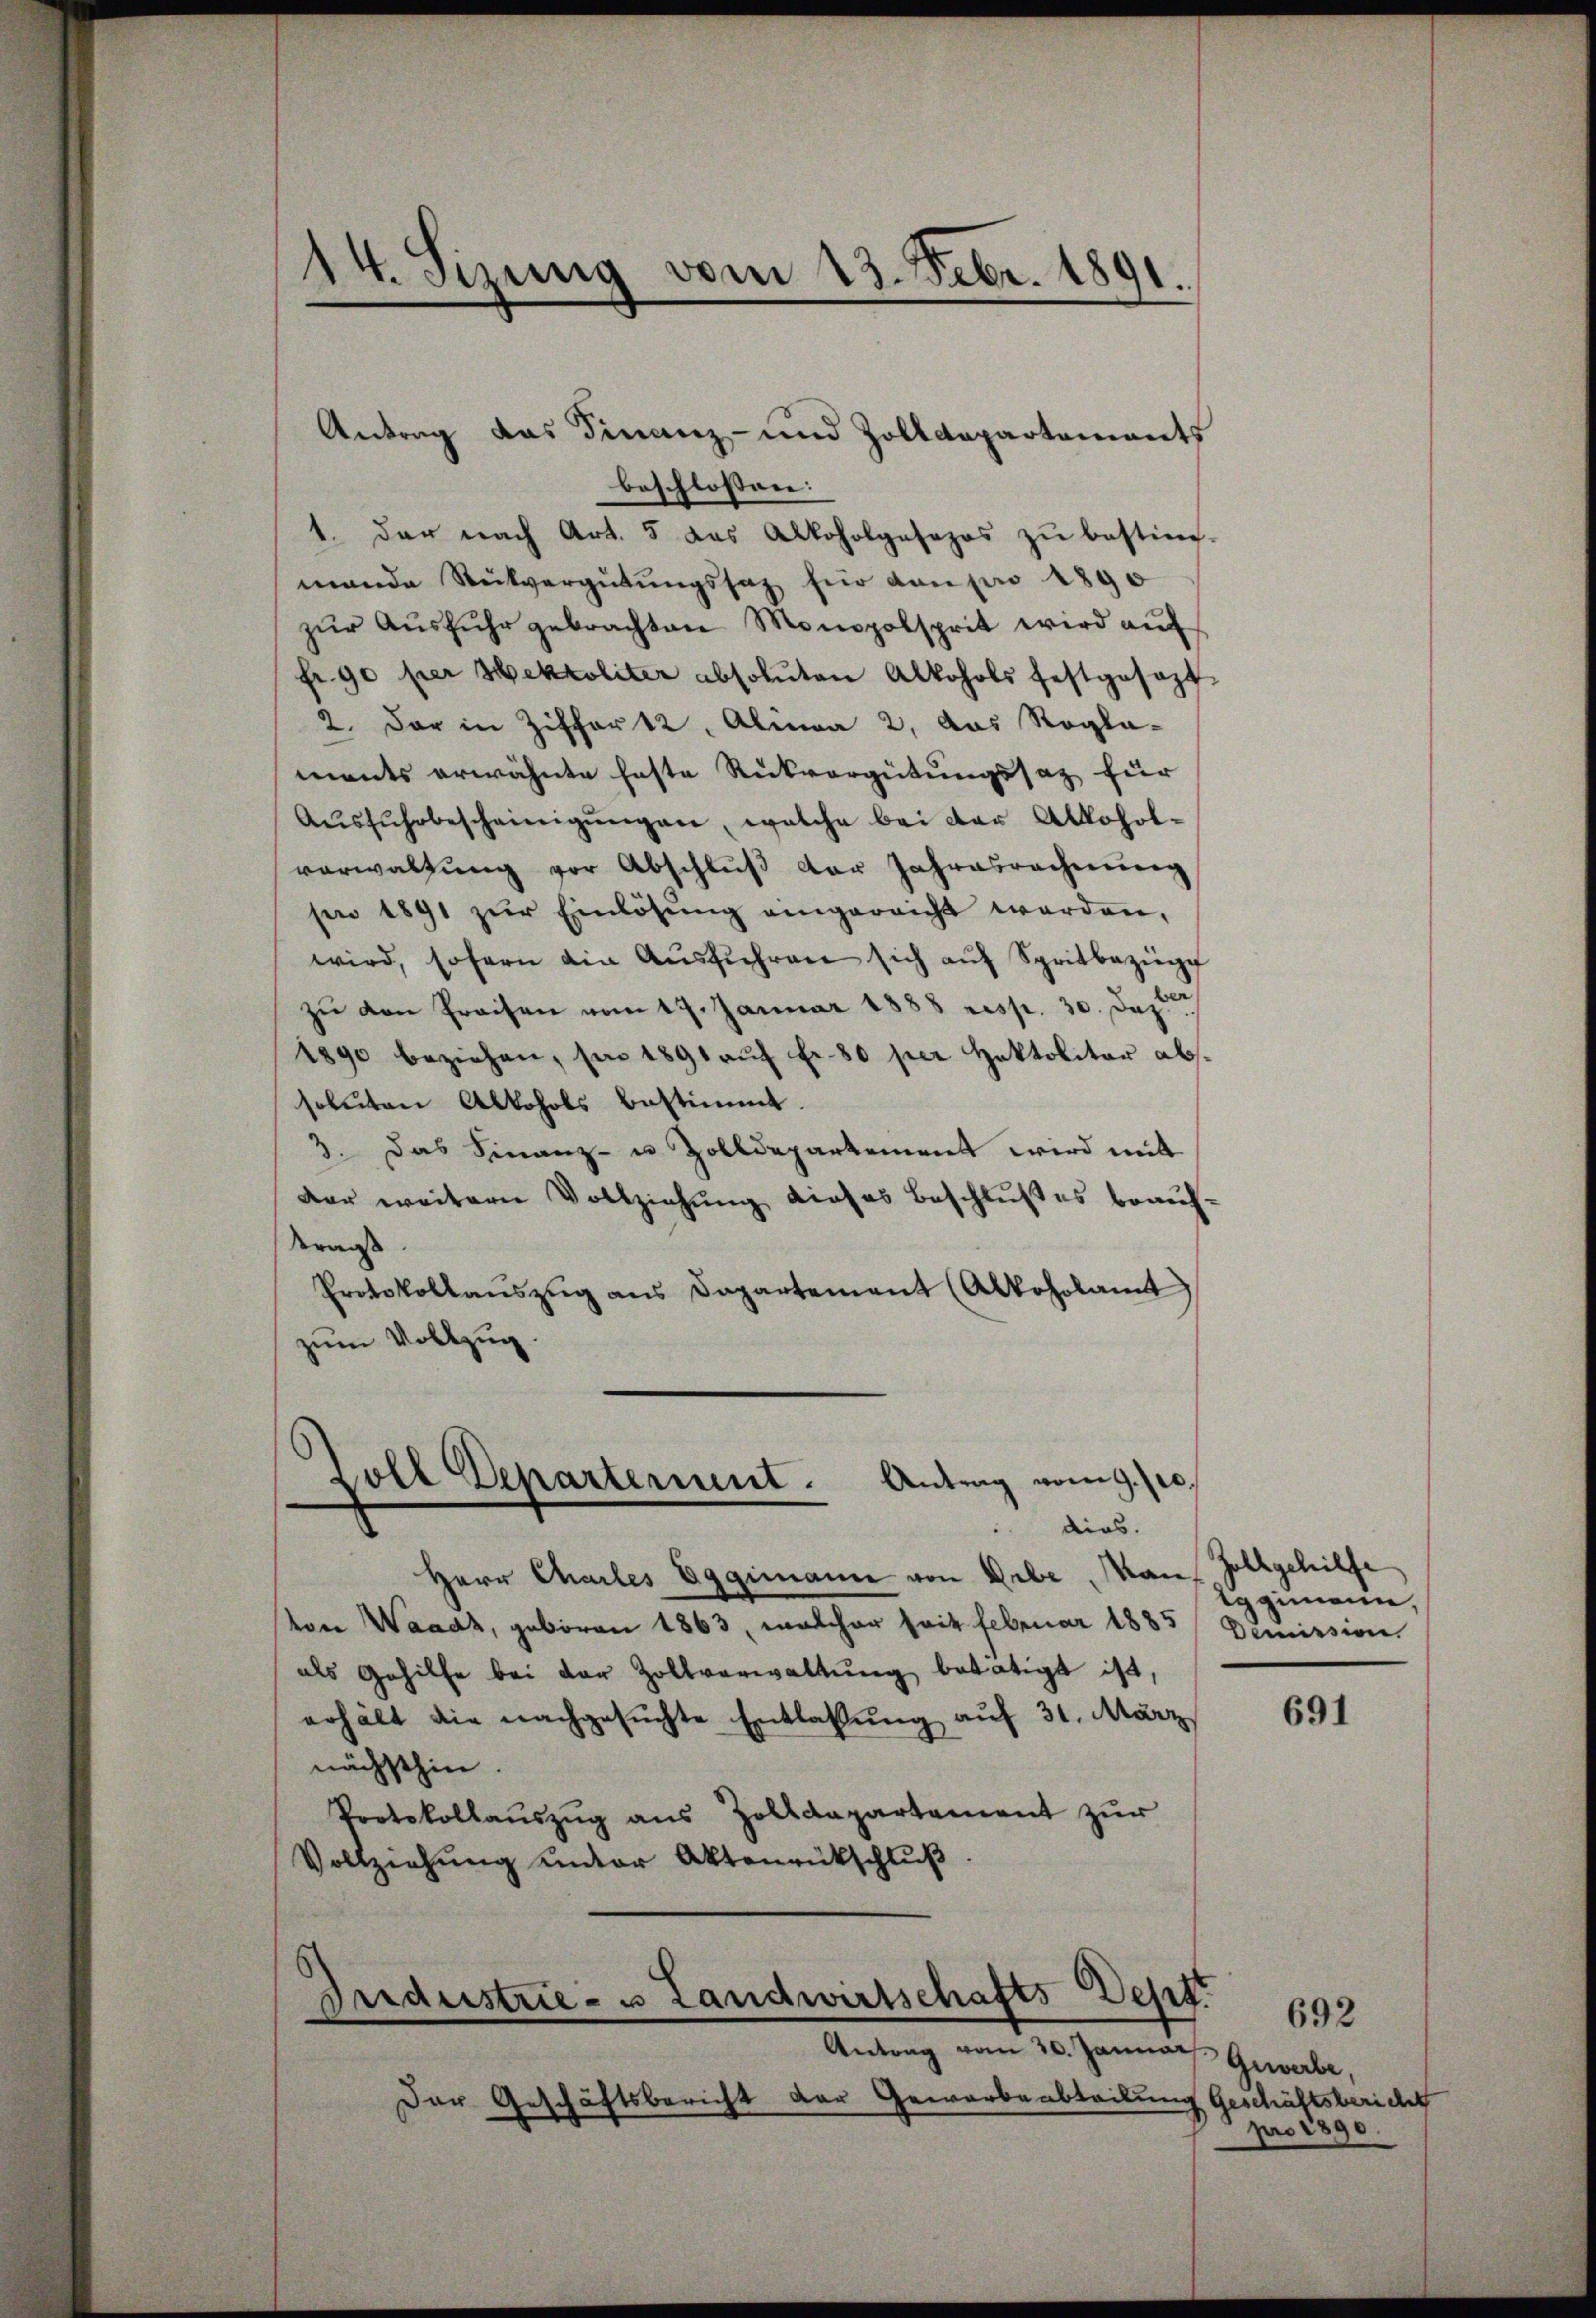
1
14. Sizung vom 13. Febr. 1891.

Antrag das Finanz- und Zolldepartements
beschlossen:
1. der nach Art. 5 das Alkoholgesezes zŭ bestim-
mande Steitvergütungssaz für dan pro 1890
zŭr Aŭsführ gebrachten Monopolsprit wird aŭf
fr. 90 per Sektoliter absoluten Alkohols festgesezt
2. der in Ziffer 12, Alman 2, das Rogla-
ments erwähnte feste Rückvergütungssaz für
Aŭsfŭhrbescheinigŭngen, welche bei der Alkoholverwaltung vor Abschluß der Jahresrechnung
sen 1891 zŭr Einlösung eingereicht werden,
wird, sofern ain Aŭsführen sich aŭf Spritbezüg
zu den Preisen vom 17. Januar 1888 resp. 30. Jez
1890 beziehen, sie 1891 auf Fr. 50 per Hektolitar abssoluten Alkohols bestimmt.
3. Das Finanz- u. Zolldepartement wird mit
der weitern Vollziehŭng dieses Beschlußes beauf¬
Kraus
Protokollaŭszŭg ans Papartement (Alkoholamt
zum Vollzug.
Zoll Departerint. Antrag vom 9. prodies.
Herr Chailes Eggimann von Erbe, kan, Zollgehilfe
von Waadt, geboren 1863, welcher soit Februar 1885
als Gehilfe bei der Zollverwaltŭng betätigt ist,
erhält die nachgesuchte Entlaßung auf 31. März
nächsthin.
Protokollaŭszŭg ans Zolldepartement zŭr
Vollziehŭng unter Aktenrückschlŭβ

Industrie- u Landwirtschafts-Dept.
Antrag vom 30. Januar Gewerbe,

Der Geschäftsbericht der Geworbeabteilung Geschäftsbericht

ggimann.
Demission.

691

pro 1890.

692